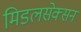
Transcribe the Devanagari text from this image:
मिडलसेक्सन